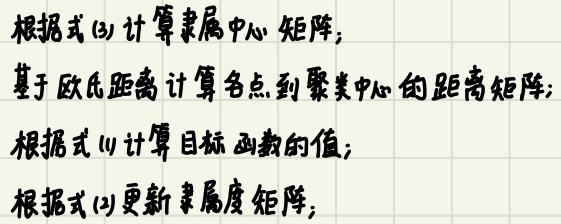
根据式(3)计算隶属中心矩阵;
基于欧氏距离计算各点到聚类中心的距离矩阵;
根据式(1)计算目标函数的值;
根据式(2)更新隶属度矩阵;